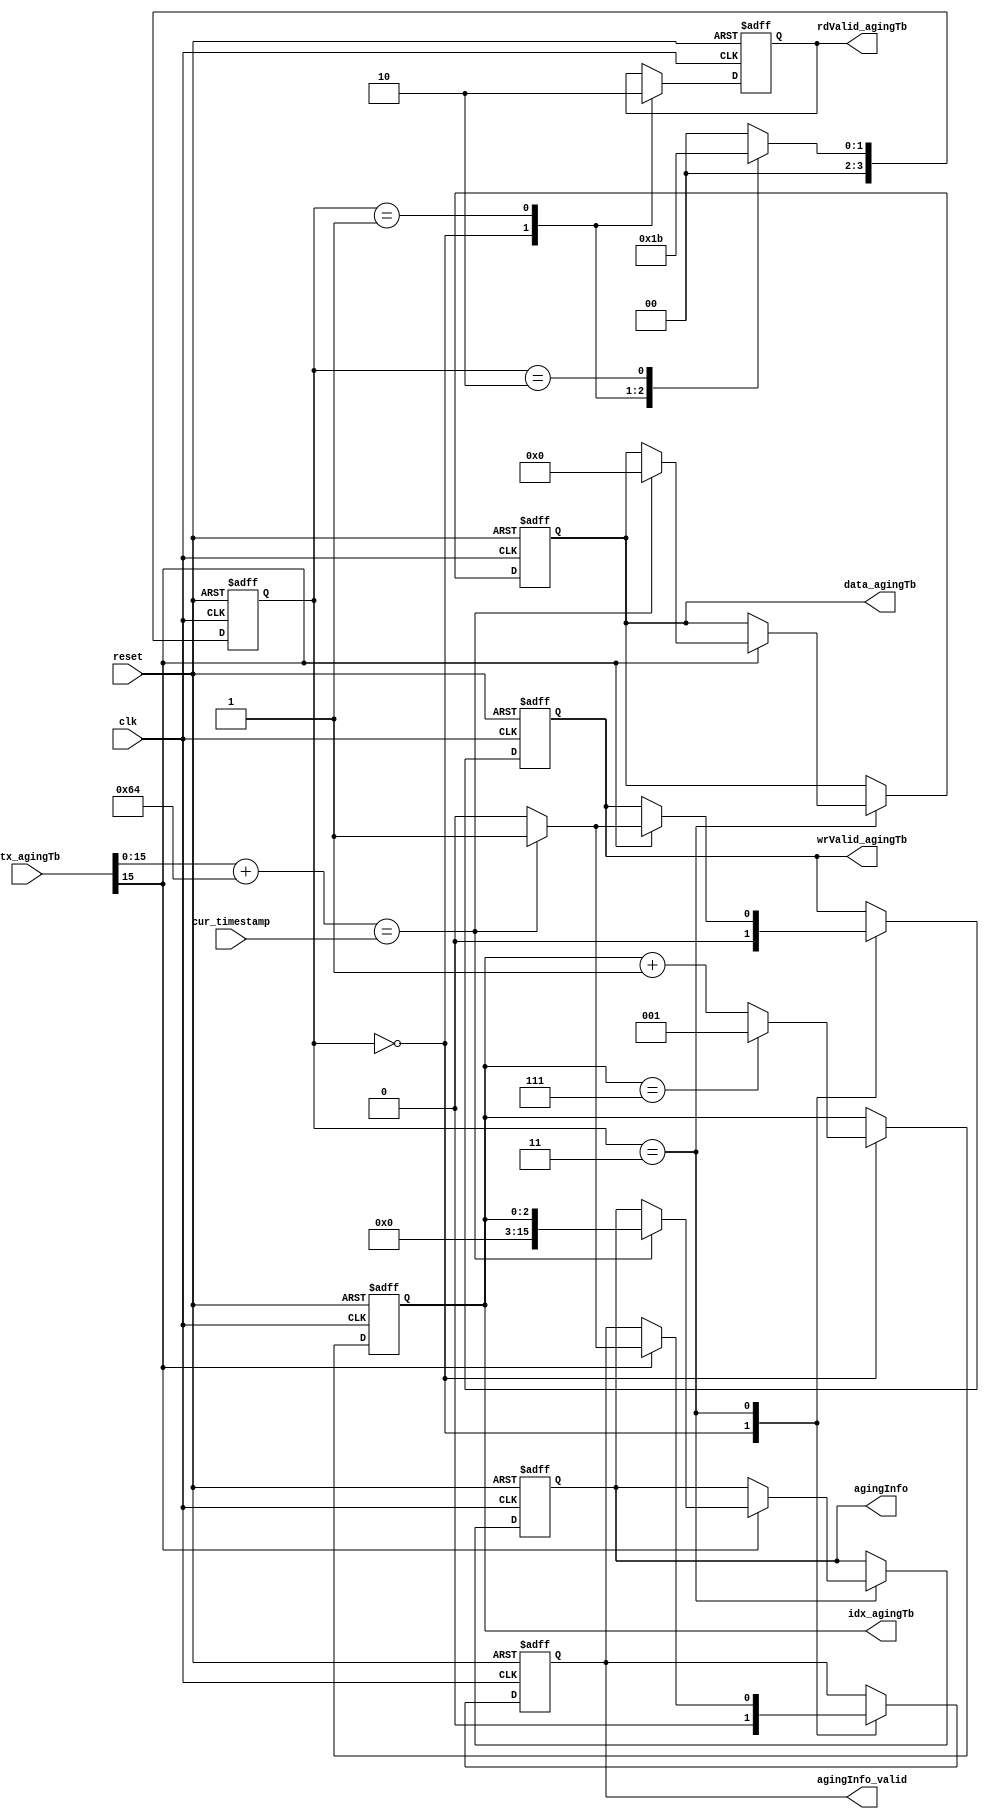
//=====================================================================//
//	Module name: connection time-out inspector of UniMan;
//	Communication with lijunnan(lijunnan@nudt.edu.cn)
//	Last edited time: 2018/11/13(Singles' Day is time out, and triggers the event
//		of waiting for the next Singles' Day. ^-^)
//	Function outline: UniMan_v1.0
//=====================================================================//

`timescale 1ns/1ps
//`define TEST

/*	function description:
*	1) check the connection's last timestamp;
*	2) send agingInfo ot build-in event generator if the connection is
*		out time;
*/

module connection_outTime_inspector(
reset,
clk,
idx_agingTb,
data_agingTb,
rdValid_agingTb,
wrValid_agingTb,
ctx_agingTb,
agingInfo_valid,
agingInfo,
cur_timestamp
);

/*	width or depth or words info of signals
*/
parameter 	w_agingInfo = 16,			// width of aging info to build-in event generator;
			w_agingTb = 17,				// width of aging table;
			d_agingTb = 3,				// depth of aging table;
			w_timestamp = 16,			// width of timestamp;
			/* bit(loaction) of each component in x(table/reg) */
			b_valid_agingTb = 16, 		// last bit of valid in aging table;
			b_ts_agingTb = 0,			// last bit of timestamp in agingTb;
			
			/* constant/static parameter */
			INCREASE_IDX_AGINGTB = 3'd1,// check connetion one by one;
			INTERVAL_AGING = 16'd100;	// one interval is 100ms, so '100' represends 10 seconds;

input							clk;
input							reset;
output	reg	[d_agingTb-1:0]	idx_agingTb;
output	reg	[w_agingTb-1:0]	data_agingTb;
output	reg						rdValid_agingTb;
output	reg						wrValid_agingTb;
input		[w_agingTb-1:0]	ctx_agingTb;
output	reg						agingInfo_valid;
output	reg	[w_agingInfo-1:0]	agingInfo;
input		[w_timestamp-1:0]	cur_timestamp;

/*************************************************************************************/
/*	varialbe declaration */
/* gen agingInfo state machine */


reg	[3:0]	state_aging;	
parameter	IDLE_S				= 4'd0,
			WAIT_RAM_1_S		= 4'd1,
			WAIT_RAM_2_S		= 4'd2,
			READ_AGINGTB_S	= 4'd3;

/*************************************************************************************/
/*	state machine declaration
*	this state machine is used to read agingTb; 
*
*	Learning makes me happy, except reading this stupid code.
*/
always @(posedge clk or negedge reset) begin
	if (!reset) begin
		idx_agingTb <= {d_agingTb{1'b0}};
		rdValid_agingTb <= 1'b0;
		wrValid_agingTb <= 1'b0;
		data_agingTb <= {w_agingTb{1'b0}};
		agingInfo_valid <= 1'b0;
		agingInfo <= {w_agingInfo{1'b0}};
		
		state_aging <= IDLE_S;
	end
	else begin
		case(state_aging)
			IDLE_S: begin
				wrValid_agingTb <= 1'b0;
				agingInfo_valid <= 1'b0;
				/** initialization, start from index of '1', because '0' is empty */
				if(idx_agingTb == {d_agingTb{1'b1}})
					idx_agingTb <= INCREASE_IDX_AGINGTB;
				else
					idx_agingTb <= idx_agingTb + INCREASE_IDX_AGINGTB;
				rdValid_agingTb <= 1'b1;
				state_aging <= WAIT_RAM_1_S;
			end
			WAIT_RAM_1_S: begin
				rdValid_agingTb <= 1'b0;
				state_aging <= WAIT_RAM_2_S;
			end
			WAIT_RAM_2_S: begin
				state_aging <= READ_AGINGTB_S;
			end
			READ_AGINGTB_S: begin
				if(ctx_agingTb[b_valid_agingTb-1] == 1'b1) begin
					if((ctx_agingTb[w_timestamp-1:0] + INTERVAL_AGING ) == 
						cur_timestamp) 
					begin
						/** out time */
						wrValid_agingTb <= 1'b1;
						data_agingTb <= {w_agingTb{1'b0}};
						agingInfo_valid <= 1'b1;
						agingInfo <= idx_agingTb;
					end
					else begin
						wrValid_agingTb <= 1'b0;
						agingInfo_valid <= 1'b0;
					end
				end
				state_aging <= IDLE_S;
			end
			default: begin
				state_aging <= IDLE_S;
			end
		endcase
	end
end






endmodule